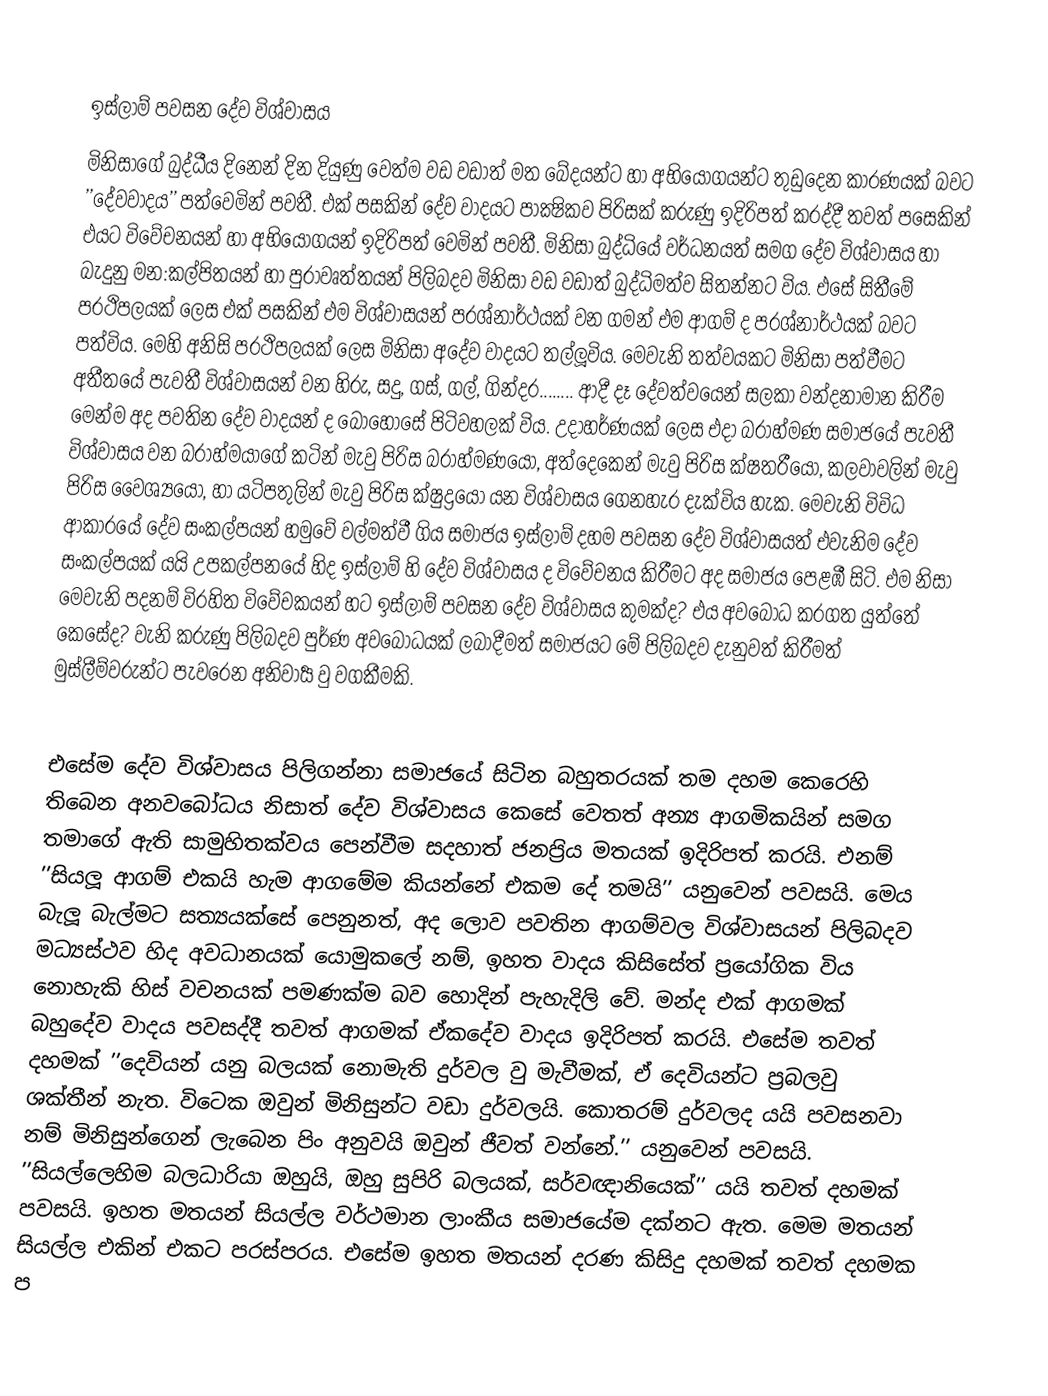

ඉස්ලාම් පවසන දේව විශ්වාසය
මිනිසාගේ බුද්ධීය දිනෙන් දින දියුණු වෙත්ම වඩ වඩාත් මත බේදයන්ට හා අභියෝගයන්ට තුඩුදෙන කාරණයක් බවට ’’දේවවාදය’’ පත්වෙමින් පවතී. එක් පසකින් දේව වාදයට පාක්‍ෂිකව පිරිසක් කරුණු ඉදිරිපත් කරද්දී තවත් පසෙකින් එයට විවේචනයන් හා අභියෝගයන් ඉදිරිපත් වෙමින් පවතී. මිනිසා බුද්ධියේ වර්ධනයත් සමග දේව විශ්වාසය හා බැදුනු මන:කල්පිතයන් හා පුරාවෘත්තයන් පිලිබදව මිනිසා වඩ වඩාත් බුද්ධිමත්ව සිතන්නට විය. එසේ සිතීමේ ප‍්‍රථිපලයක් ලෙස එක් පසකින් එම විශ්වාසයන් ප‍්‍රශ්නාර්ථයක් වන ගමන් එම ආගම් ද ප‍්‍රශ්නාර්ථයක් බවට පත්විය. මෙහි අනිසි ප‍්‍රථිපලයක් ලෙස මිනිසා අදේව වාදයට තල්ලූවිය. මෙවැනි තත්වයකට මිනිසා පත්වීමට අතීතයේ පැවතී විශ්වාසයන් වන හිරු, සදු, ගස්, ගල්, ගින්දර........ ආදී දෑ දේවත්වයෙන් සලකා වන්දනාමාන කිරීම මෙන්ම අද පවතින දේව වාදයන් ද බොහෝසේ පිටිවහලක් විය. උදාහර්ණයක් ලෙස එදා බ‍්‍රාහ්මණ සමාජයේ පැවතී විශ්වාසය වන බ‍්‍රාහ්මයාගේ කටින් මැවු පිරිස බ‍්‍රාහ්මණයෝ, අත්දෙකෙන් මැවු පිරිස ක්ෂත‍්‍රීයෝ, කලවාවලින් මැවු පිරිස වෛශ්‍යයෝ, හා යටිපතුලින් මැවු පිරිස ක්ෂුද්‍රයෝ යන විශ්වාසය ගෙනහැර දැක්විය හැක. මෙවැනි විවිධ ආකාරයේ දේව සංකල්පයන් හමුවේ වල්මත්වී ගිය සමාජය ඉස්ලාම් දහම පවසන දේව විශ්වාසයත් එවැනිම දේව සංකල්පයක් යයි උපකල්පනයේ හිද ඉස්ලාම් හි දේව විශ්වාසය ද විවේචනය කිරීමට අද සමාජය පෙළඹී සිටි. එම නිසා මෙවැනි පදනම් විරහිත විවේචකයන් හට ඉස්ලාම් පවසන දේව විශ්වාසය කුමක්ද? එය අවබෝධ කරගත යුත්තේ කෙසේද? වැනි කරුණු පිලිබදව පුර්ණ අවබෝධයක් ලබාදීමත් සමාජයට මේ පිලිබදව දැනුවත් කිරීමත් මුස්ලීම්වරුන්ට පැවරෙන අනිවාර්‍ය වු වගකීමකි.

එසේම දේව විශ්වාසය පිලිගන්නා සමාජයේ සිටින බහුතරයක් තම දහම කෙරෙහි තිබෙන අනවබෝධය නිසාත් දේව විශ්වාසය කෙසේ වෙතත් අන්‍ය ආගමිකයින් සමග තමාගේ ඇති සාමුහිතක්වය පෙන්වීම සදහාත් ජනප‍්‍රිය මතයක් ඉදිරිපත් කරයි. එනම් ’’සියලූ ආගම් එකයි හැම ආගමේම කියන්නේ එකම දේ තමයි’’ යනුවෙන් පවසයි. මෙය බැලූ බැල්මට සත්‍යයක්සේ පෙනුනත්, අද ලොව පවතින ආගම්වල විශ්වාසයන් පිලිබදව මධ්‍යස්ථව හිද අවධානයක් යොමුකලේ නම්, ඉහත වාදය කිසිසේත් ප‍්‍රයෝගික විය නොහැකි හිස් වචනයක් පමණක්ම බව හොදින් පැහැදිලි වේ. මන්ද එක් ආගමක් බහුදේව වාදය පවසද්දී තවත් ආගමක් ඒකදේව වාදය ඉදිරිපත් කරයි. එසේම තවත් දහමක් ’’දෙවියන් යනු බලයක් නොමැති දුර්වල වු මැවීමක්, ඒ දෙවියන්ට ප‍්‍රබලවු ශක්තීන් නැත. විටෙක ඔවුන් මිනිසුන්ට වඩා දුර්වලයි. කොතරම් දුර්වලද යයි පවසනවා නම් මිනිසුන්ගෙන් ලැබෙන පිං අනුවයි ඔවුන් ජීවත් වන්නේ.’’ යනුවෙන් පවසයි. ’’සියල්ලෙහිම බලධාරියා ඔහුයි, ඔහු සුපිරි බලයක්, සර්වඥානියෙක්’’ යයි තවත් දහමක් පවසයි. ඉහත මතයන් සියල්ල වර්ථමාන ලාංකීය සමාජයේම දක්නට ඇත. මෙම මතයන් සියල්ල එකින් එකට පරස්පරය. එසේම ඉහත මතයන් දරණ කිසිදු දහමක් තවත් දහමක ප